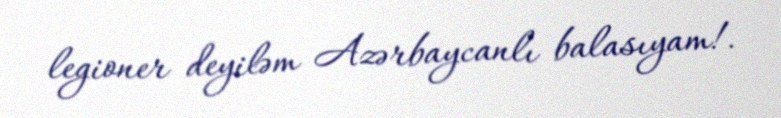
legioner deyiləm Azərbaycanlı balasıyam!.